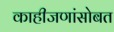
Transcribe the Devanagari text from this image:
काहीजणांसोबत